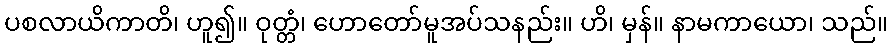
ပစလာယိကာတိ၊ ဟူ၍။ ဝုတ္တံ၊ ဟောတော်မူအပ်သနည်း။ ဟိ၊ မှန်။ နာမကာယော၊ သည်။